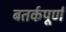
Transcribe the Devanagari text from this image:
बतर्कपूर्ण